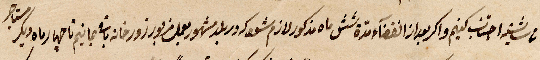
... اجتناب كنيم واكر ...انقضاء مدة شش ماه مذكور لازم شركة ربلد مشهوربعمل مزبور خانة باقي خانة بمانيم ...